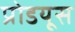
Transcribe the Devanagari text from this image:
प्रोडयूस